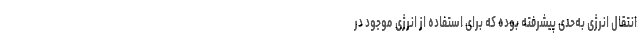
انتقال انرژی به‌حدی پیشرفته بوده که برای استفاده از انرژی موجود در